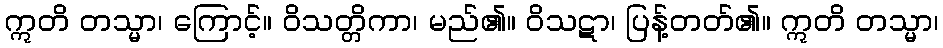
ဣတိ တသ္မာ၊ ကြောင့်။ ဝိသတ္တိကာ၊ မည်၏။ ဝိသဋာ၊ ပြန့်တတ်၏။ ဣတိ တသ္မာ၊